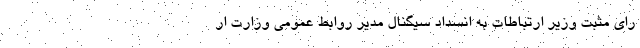
رای مثبت وزیر ارتباطات به انسداد سیگنال مدیر روابط عمومی وزارت ار